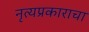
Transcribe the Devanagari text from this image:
नृत्यप्रकाराचा